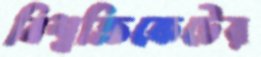
বিশ্বক্রিকেটের